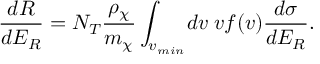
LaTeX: { \frac { d R } { d E _ { R } } } = N _ { T } { \frac { \rho _ { \chi } } { m _ { \chi } } } \int _ { v _ { m i n } } \! d v \; v f ( v ) { \frac { d \sigma } { d E _ { R } } } .